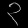
Digit: ၃